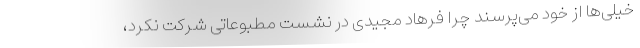
خیلی‌ها از خود می‌پرسند چرا فرهاد مجیدی در نشست مطبوعاتی شرکت نکرد،